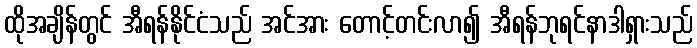
ထိုအချိန်တွင် အီရန်နိုင်ငံသည် အင်အား တောင့်တင်းလာ၍ အီရန်ဘုရင်နာဒါရှားသည်